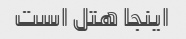
اینجا هتل است